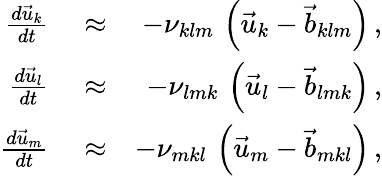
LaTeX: \begin{array}{rlr}{\frac{d\vec{u}_{k}}{dt}}&{{}\approx}&{-\nu_{klm}\, \left(\vec{u}_{k}-\vec{b}_{klm}\right)\, ,}\\ {\frac{d\vec{u}_{l}}{dt}}&{{}\approx}&{-\nu_{lmk}\, \left(\vec{u}_{l}-\vec{b}_{lmk}\right)\, ,}\\ {\frac{d\vec{u}_{m}}{dt}}&{{}\approx}&{-\nu_{mkl}\, \left(\vec{u}_{m}-\vec{b}_{mkl}\right)\, ,}\end{array}